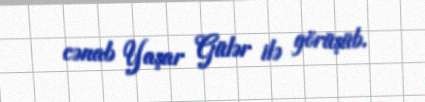
cənab Yaşar Gülər ilə görüşüb.